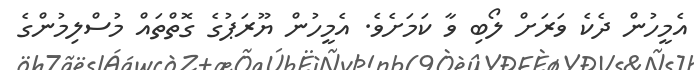
އެމީހުން ދެކެ ވަރަށް ލޯބި ވާ ކަމަށެވެ. އެމީހުން ޔޫރަޕުގެ ގޮތްތައް މުސްލިމުންގެ